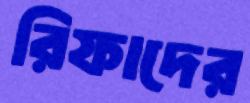
রিফাদের